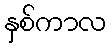
နှစ်ကာလ